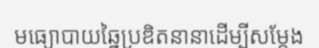
មធ្យោបាយឆ្នៃប្រឌិតនានាដើម្បីសម្តែង